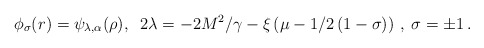
\begin{align*}\phi _{\sigma }(r)=\psi _{\lambda ,\alpha }(\rho ),\;\;2\lambda=-2M^{2}/\gamma -\xi \left( \mu -1/2\left( 1-\sigma \right) \right)\,,\;\sigma =\pm 1\,.\end{align*}